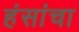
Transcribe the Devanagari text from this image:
हंसांचा